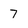
Character: 7